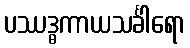
ပဿဒ္ဓကာယသင်္ခါရော